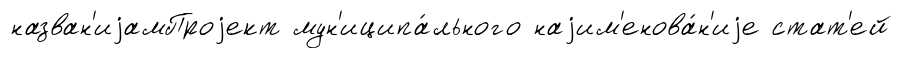
назван'иjамПроjект мун'иципа́льного наjим'енова́н'иjе стат'ей